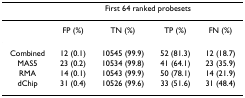
<table><thead><tr><td></td><td colspan="4"><b>First 64 ranked probesets</b></td></tr></thead><tbody><tr><td></td><td>FP (%)</td><td>TN (%)</td><td>TP (%)</td><td>FN (%)</td></tr><tr><td>Combined</td><td>12 (0.1)</td><td>10545 (99.9)</td><td>52 (81.3)</td><td>12 (18.7)</td></tr><tr><td>MAS5</td><td>23 (0.2)</td><td>10534 (99.8)</td><td>41 (64.1)</td><td>23 (35.9)</td></tr><tr><td>RMA</td><td>14 (0.1)</td><td>10543 (99.9)</td><td>50 (78.1)</td><td>14 (21.9)</td></tr><tr><td>dChip</td><td>31 (0.4)</td><td>10526 (99.6)</td><td>33 (51.6)</td><td>31 (48.4)</td></tr></tbody></table>